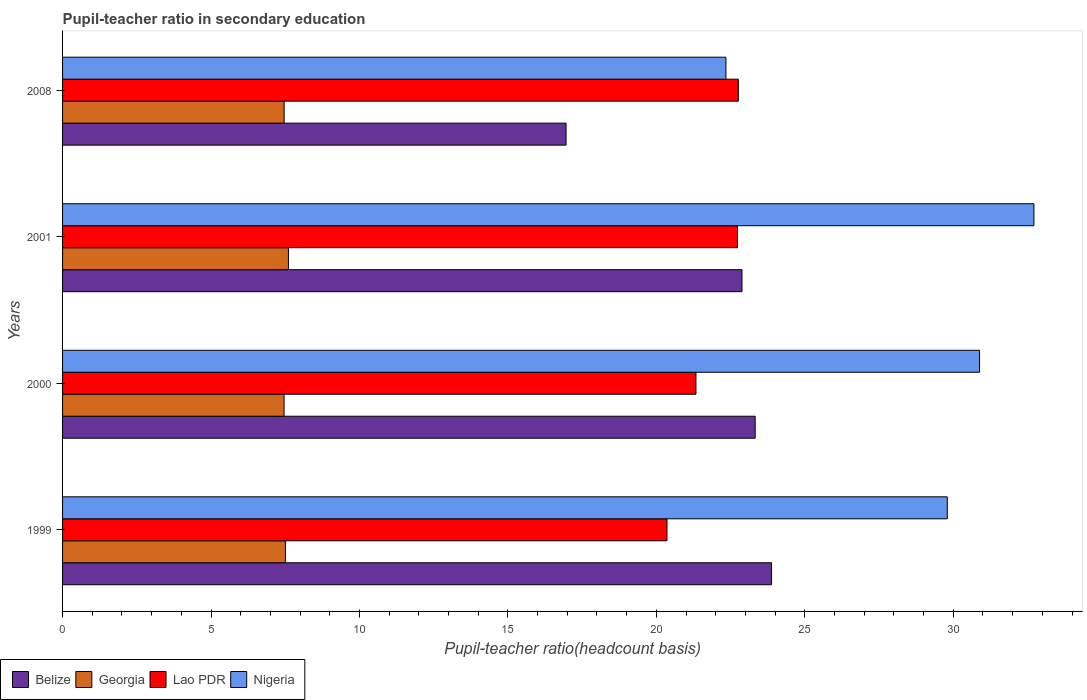
| Years | Belize | Georgia | Lao PDR | Nigeria |
 | --- | --- | --- | --- | --- |
 | 1999 | 23.9 | 7.51 | 20.4 | 29.8 |
 | 2000 | 23.3 | 7.46 | 21.3 | 30.9 |
 | 2001 | 22.9 | 7.61 | 22.7 | 32.7 |
 | 2008 | 17 | 7.46 | 22.8 | 22.3 |